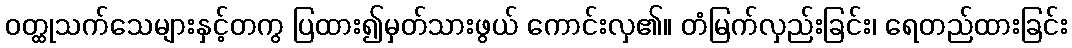
ဝတ္ထုသက်သေများနှင့်တကွ ပြထား၍မှတ်သားဖွယ် ကောင်းလှ၏။ တံမြက်လှည်းခြင်း၊ ရေတည်ထားခြင်း